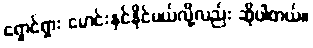
ရှောင်ရှား မောင်းနှင်နိုင်မယ်လို့လည်း ဆိုပါတယ်။